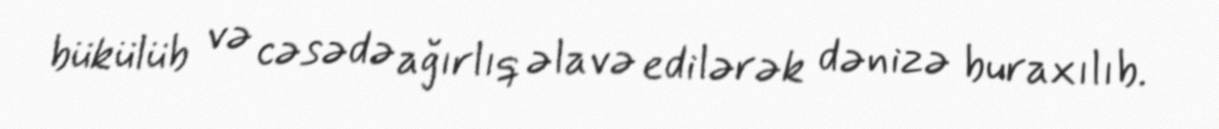
bükülüb və cəsədə ağırlıq əlavə edilərək dənizə buraxılıb.